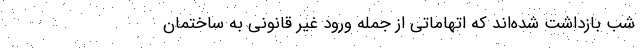
شب بازداشت شده‌اند که اتهاماتی از جمله ورود غیر قانونی به ساختمان